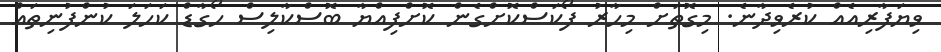
ވިޔަފާރިއެއް ކުރެވިދާނެ. މިގޮތަށް މިހާރު ފޯކަސްކޮށްގެން ކޮށްފިއްޔާ ބޮސްކާލިސް ހޯގާޑް ކަހަލަ ކުންފުނިތައް